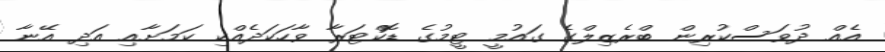
އެއް ދުވަސްކުރިން ބްރެޒިލްގެ ގައުމީ ޓީމުގެ ޑޮކްޓަރާ ވާހަކަދެއްކި ކަމަށާއި އަދި އޭނާ